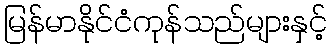
မြန်မာနိုင်ငံကုန်သည်များနှင့်